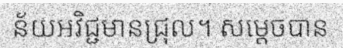
ន័យអវិជ្ជមានជ្រុល។ សម្តេចបាន